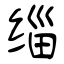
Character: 缁